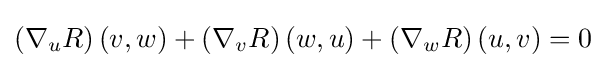
\left(\nabla _{u}R\right)(v,w)+\left(\nabla _{v}R\right)(w,u)+\left(\nabla _{w}R\right)(u,v)=0